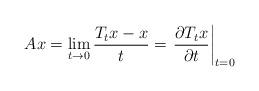
LaTeX: \begin{align*} Ax= \lim_{t\rightarrow 0} \frac{T_tx-x}{t}=\left.\frac{\partial T_tx}{\partial t}\right\vert_{t=0}\end{align*}